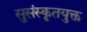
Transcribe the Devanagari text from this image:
सुसंस्कृतयुक्त